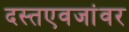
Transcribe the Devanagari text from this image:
दस्तएवजांवर